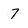
Character: 7